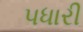
પધારી